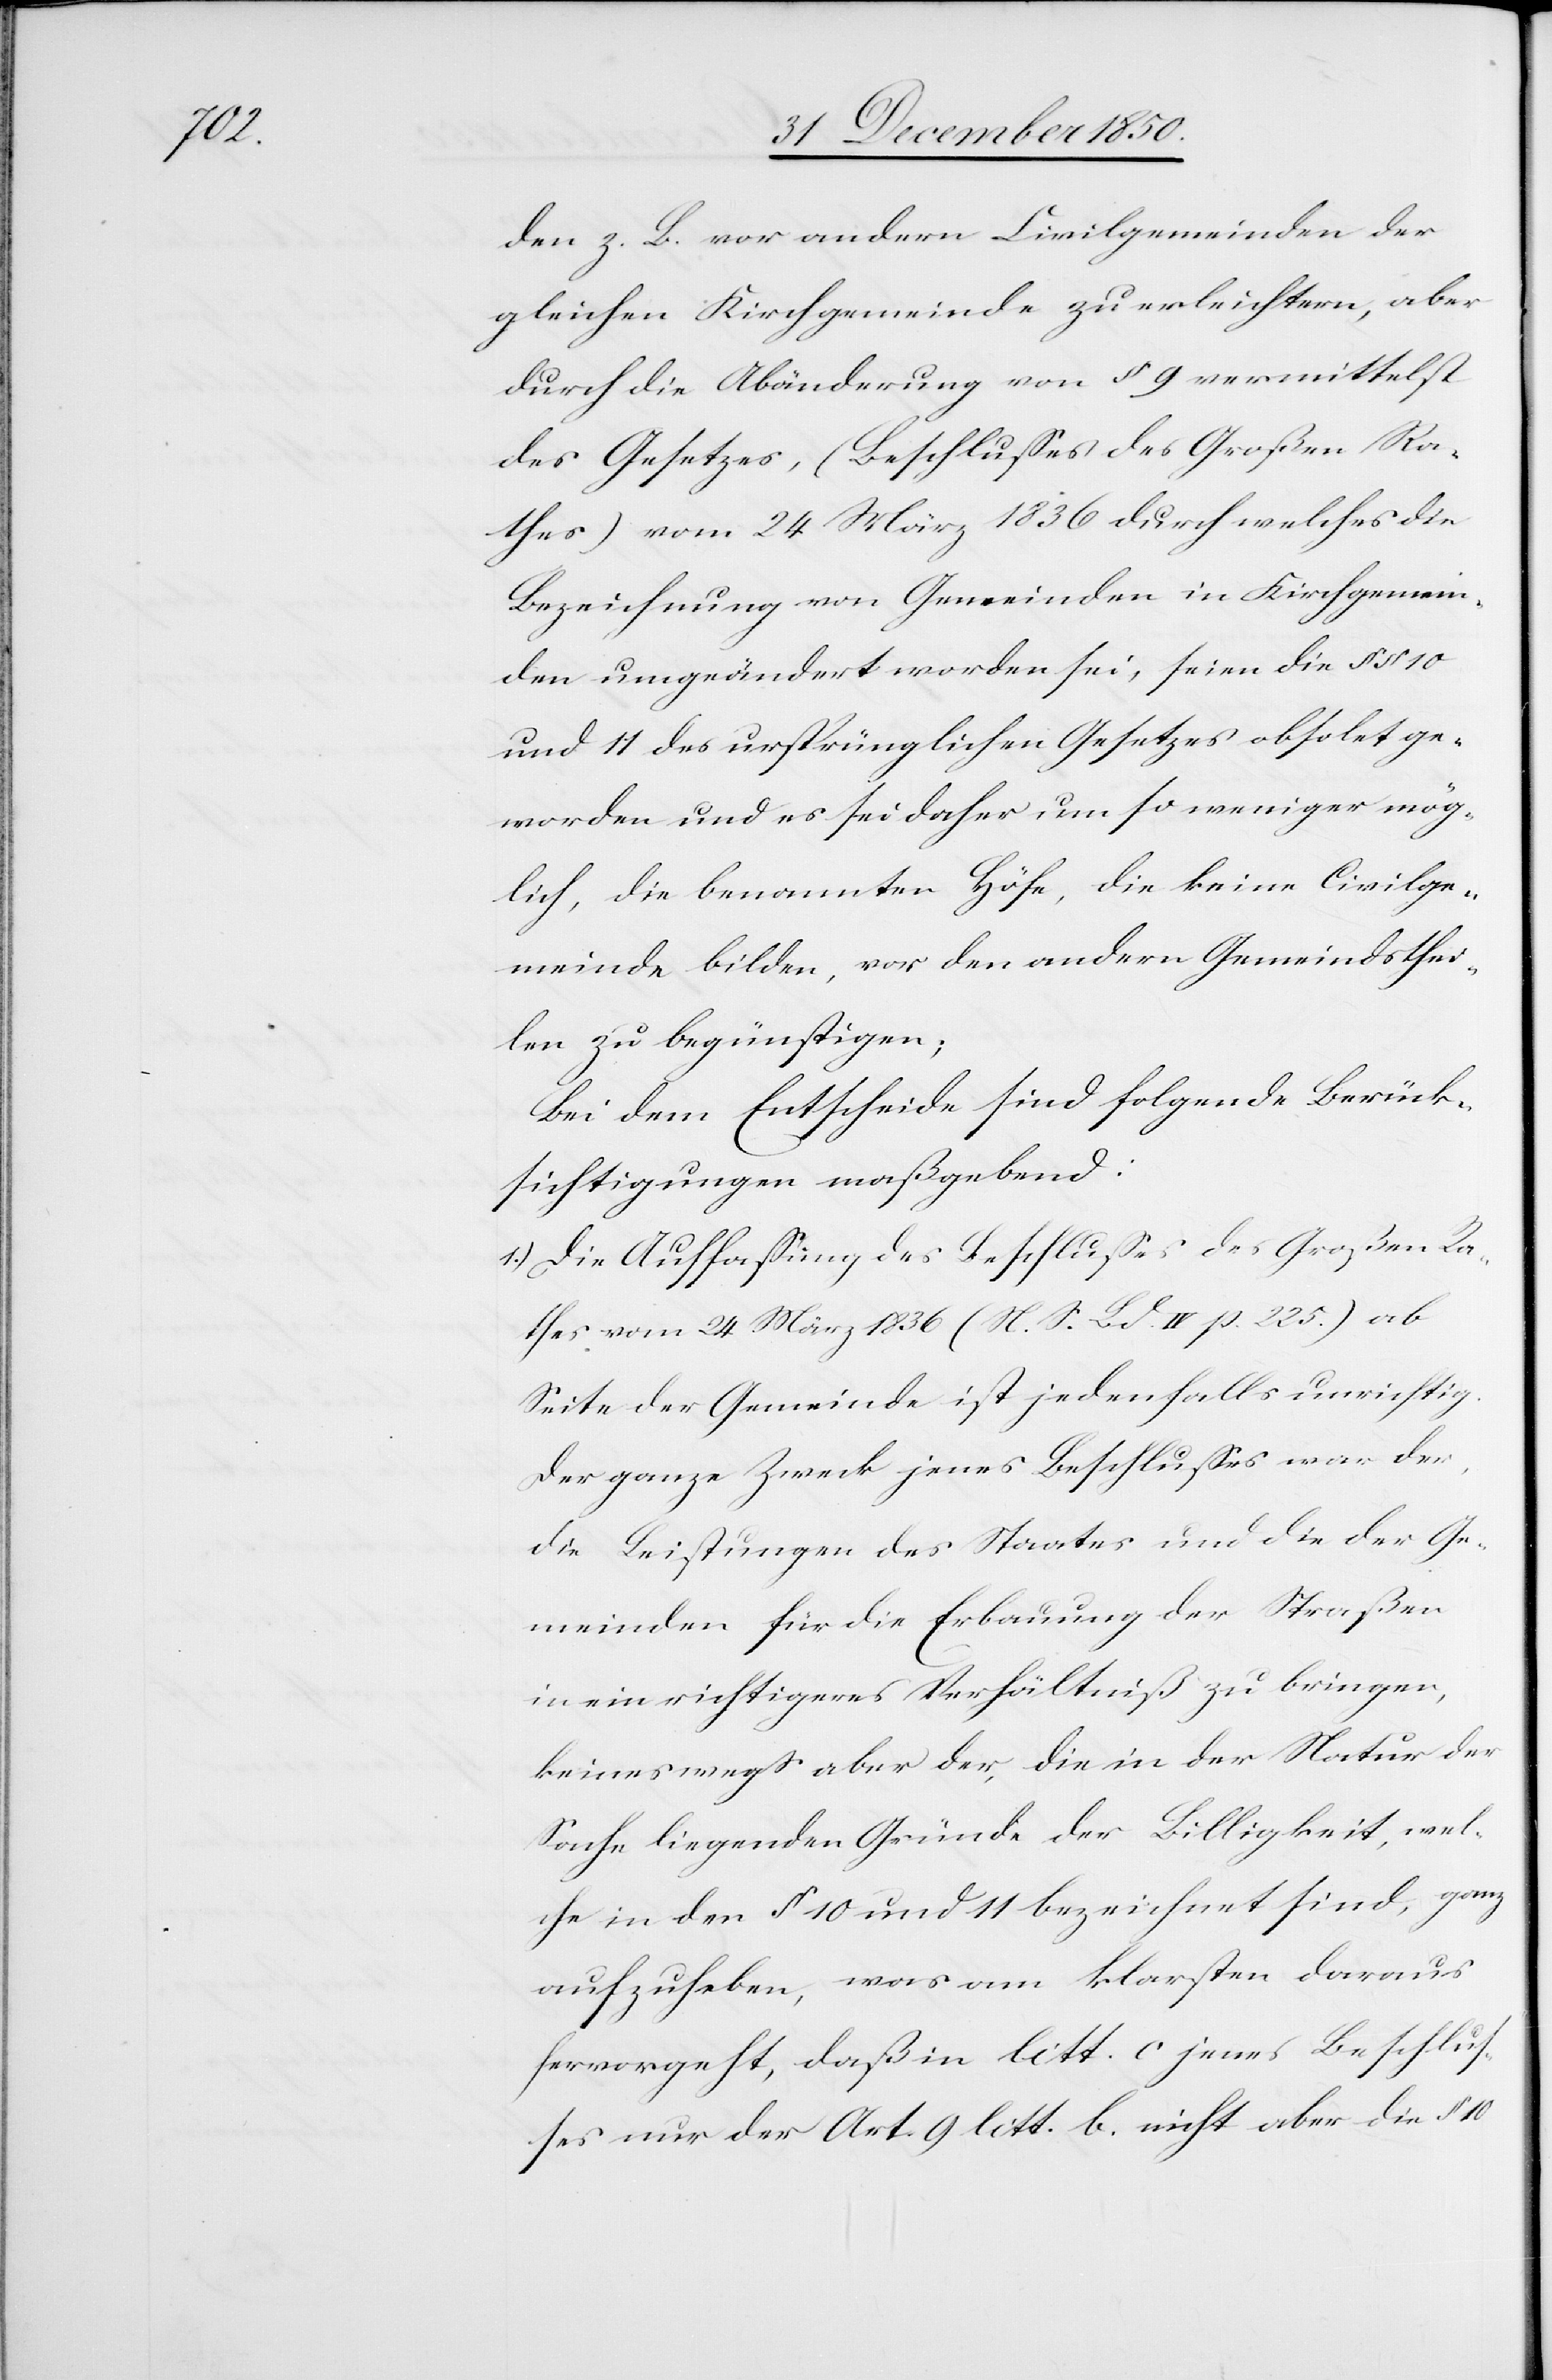
den z. B. vor andern Civilgemeinden der
gleichen Kirchgemeinde zu erleichtern, aber
durch die Abänderung von § 9 vermittelst
des Gesetzes, (Beschlusses des Großen Ra¬
thes) vom 24 März 1836 durch welches die
Bezeichnung von Gemeinden in Kirchgemein¬
den umgeändert worden sei, seien die § § 10
und 11 des ursprünglichen Gesetzes obsolet ge¬
worden und es sei daher um so weniger mög¬
lich, die benannten Höfe, die keine Civilge¬
meinde bilden, vor den andern Gemeindsthei¬
len zu begünstigen;
Bei dem Entscheide sind folgende Berück¬
sichtigungen maßgebend:
1.) Die Auffassung des Beschlusses des Großen Ra¬
thes vom 24 März 1836 (N. S. Bd. IV p. 225) ab
Seite der Gemeinde ist jedenfalls unrichtig.
Der ganze Zweck jenes Beschlusses war der,
die Leistungen des Staates und die der Ge¬
meinden für die Erbauung der Straßen
in ein richtigeres Verhältniß zu bringen,
keineswegs aber der, die in der Natur der
Sache liegenden Gründe der Billigkeit, wel¬
che in den § 10 und 11 bezeichnet sind, ganz
aufzuheben, was am klarsten daraus
hervorgeht, daß in litt. c jenes Beschlus¬
ses nur der Art. 9 litt. b. nicht aber die § 10